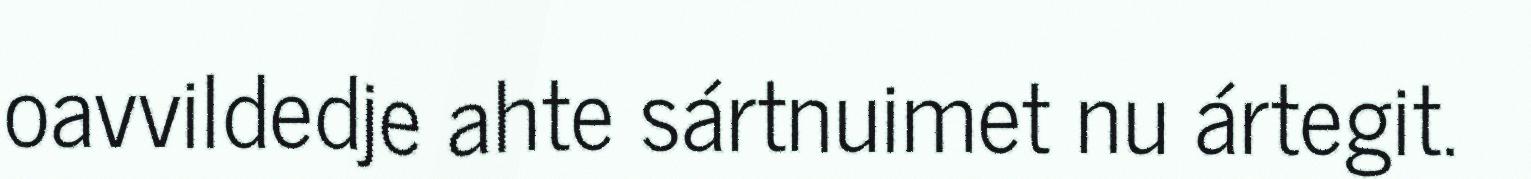
oavvildedje ahte sártnuimet nu ártegit.